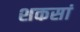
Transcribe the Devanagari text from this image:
शकसां